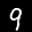
Label: 9